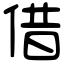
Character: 借